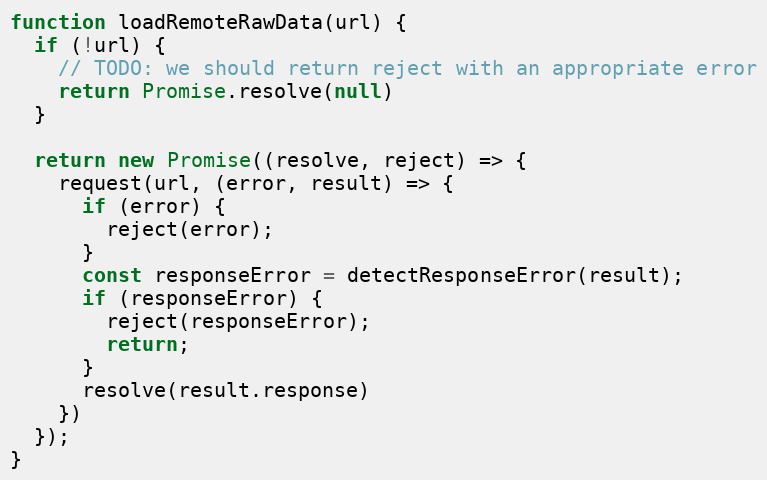
Language: JavaScript
function loadRemoteRawData(url) {
  if (!url) {
    // TODO: we should return reject with an appropriate error
    return Promise.resolve(null)
  }

  return new Promise((resolve, reject) => {
    request(url, (error, result) => {
      if (error) {
        reject(error);
      }
      const responseError = detectResponseError(result);
      if (responseError) {
        reject(responseError);
        return;
      }
      resolve(result.response)
    })
  });
}